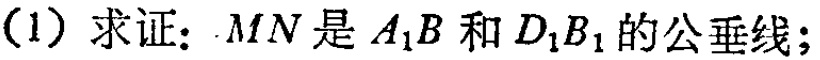
(1) 求证：$MN$是$A_{1}B$和$D_{1}B_{1}$的公垂线；